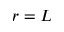
r = L